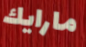
مارايك